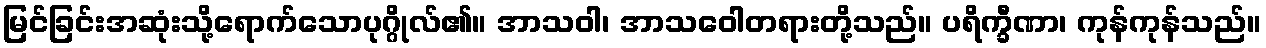
မြင်ခြင်းအဆုံးသို့ရောက်သောပုဂ္ဂိုလ်၏။ အာသဝါ၊ အာသဝေါတရားတို့သည်။ ပရိက္ခီဏာ၊ ကုန်ကုန်သည်။